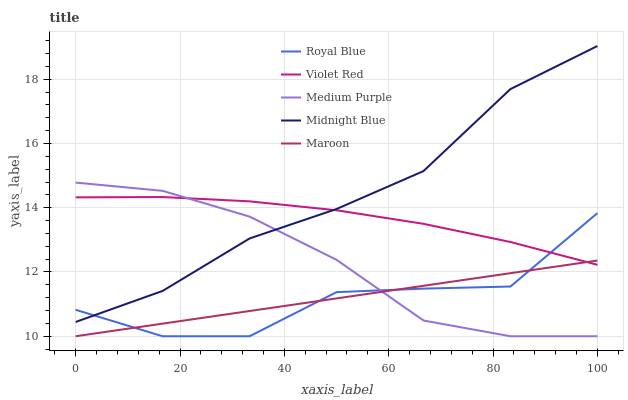
| xaxis_label | Royal Blue | Violet Red | Medium Purple | Midnight Blue | Maroon |
 | --- | --- | --- | --- | --- | --- |
 | 0 | 10.8 | 14.3 | 14.8 | 10.4 | 10 |
 | 16.7 | 10 | 14.3 | 14.5 | 11.4 | 10.4 |
 | 33.3 | 10 | 14.2 | 13.7 | 13 | 10.8 |
 | 50 | 11.4 | 13.9 | 12.4 | 14 | 11.2 |
 | 66.7 | 11.5 | 13.5 | 10.5 | 15.1 | 11.6 |
 | 83.3 | 11.5 | 12.9 | 10 | 17.7 | 12 |
 | 100 | 13.8 | 12.2 | 10 | 19 | 12.4 |